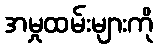
အမှုထမ်းများကို